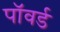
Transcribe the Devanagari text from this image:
पॉवर्ड